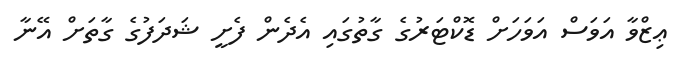
ޢިޒްވާ އަވަސް އަވަހަށް ޑޮކްޓަރުގެ ގާތުގައި އެދެން ފެށީ ޝަދަފުގެ ގާތަށް އޭނާ